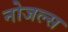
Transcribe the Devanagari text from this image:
नोजल्स